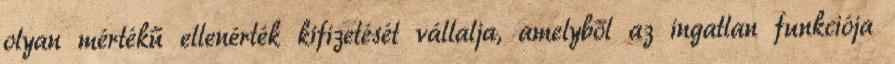
olyan mértékű ellenérték kifizetését vállalja, amelyből az ingatlan funkciója